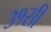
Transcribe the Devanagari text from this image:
३१सी